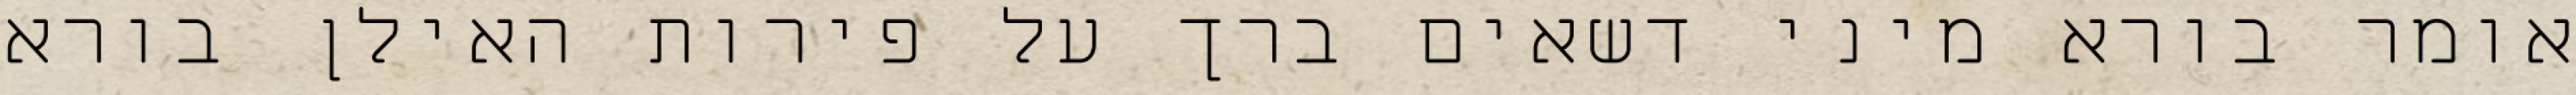
אומר בורא מיני דשאים ברך על פירות האילן בורא